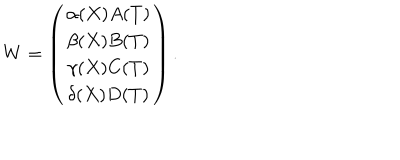
W = \left( \begin{array} { c } { { \alpha ( X ) A ( T ) } } \\ { { \beta ( X ) B ( T ) } } \\ { { \gamma ( X ) C ( T ) } } \\ { { \delta ( X ) D ( T ) } } \\ \end{array} \right) .